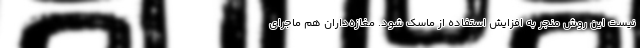
نیست این روش منجر به افزایش استفاده از ماسک شود. مغازه‌داران هم ماجرای